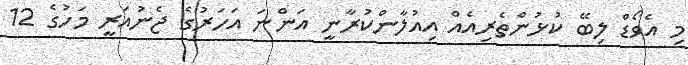
މި އެވޯޑް ލިބޭ ކުޅުންތެރިއެއް އިއުލާންކުރާނީ އަންނަ އަހަރުގެ ޖެނުއަރީ މަހުގެ 12